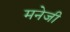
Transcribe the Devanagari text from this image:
मनेजी